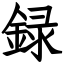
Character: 録